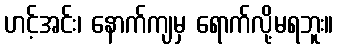
ဟင့်အင်း၊ နောက်ကျမှ ရောက်လို့မရဘူး။